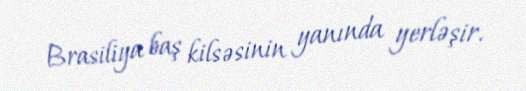
Brasiliya baş kilsəsinin yanında yerləşir.